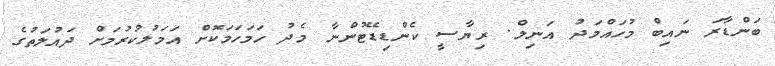
ބަންޑާރަ ނައިބް މުހައްމަދު އަނިލް. ރިޔާސީ ކެންޑިޑޭޓުންނާ މެދު ހަމަހަމަކޮށް އަމަލުކުރުމަށް ދައުލަތުގެ